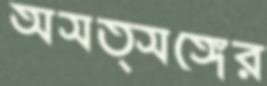
অসত্সঙ্গের